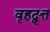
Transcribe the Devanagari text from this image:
वृहद्वृत्त